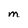
Character: M